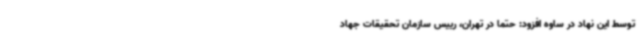
توسط این نهاد در ساوه افزود: حتما در تهران، رییس سازمان تحقیقات جهاد